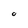
Character: 0